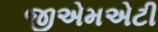
જીએમએટી